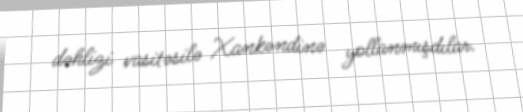
dəhlizi vasitəsilə Xankəndinə yollanmışdılar.